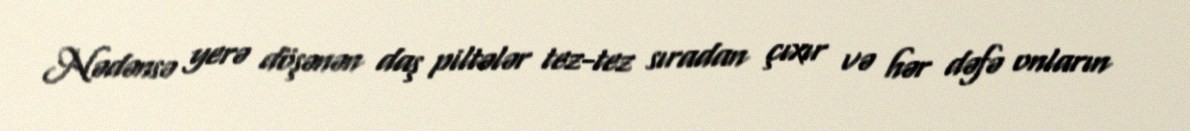
Nədənsə yerə döşənən daş piltələr tez-tez sıradan çıxır və hər dəfə onların